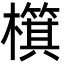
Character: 檱